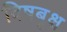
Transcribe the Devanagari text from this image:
विषबृक्ष